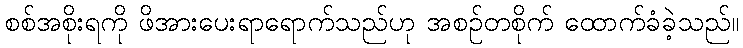
စစ်အစိုးရကို ဖိအားပေးရာရောက်သည်ဟု အစဉ်တစိုက် ထောက်ခံခဲ့သည်။